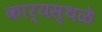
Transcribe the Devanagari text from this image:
कार्यस्थळे